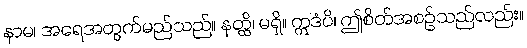
နာမ၊ အရေအတွက်မည်သည်။ နတ္ထိ၊ မရှိ။ ဣဒံပိ၊ ဤစိတ်အစဉ်သည်လည်း။